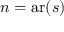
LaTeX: n = \operatorname { a r } ( s )